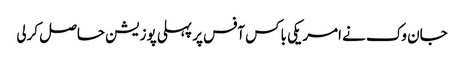
جان وک نے امریکی باکس آفس پر پہلی پوزیشن حاصل کرلی